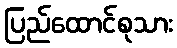
ပြည်ထောင်စုသား